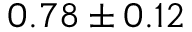
0 . 7 8 \pm 0 . 1 2